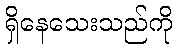
ရှိနေသေးသည်ကို